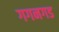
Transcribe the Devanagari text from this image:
गगनगड